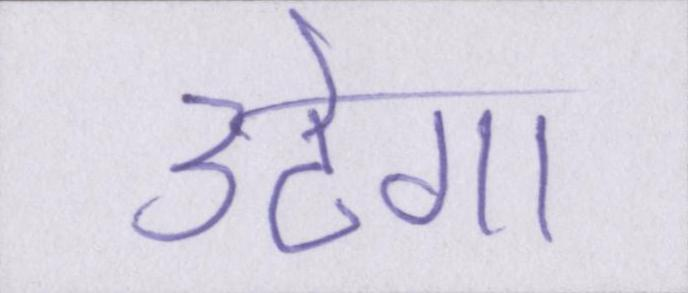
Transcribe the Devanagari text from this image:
उठेगा